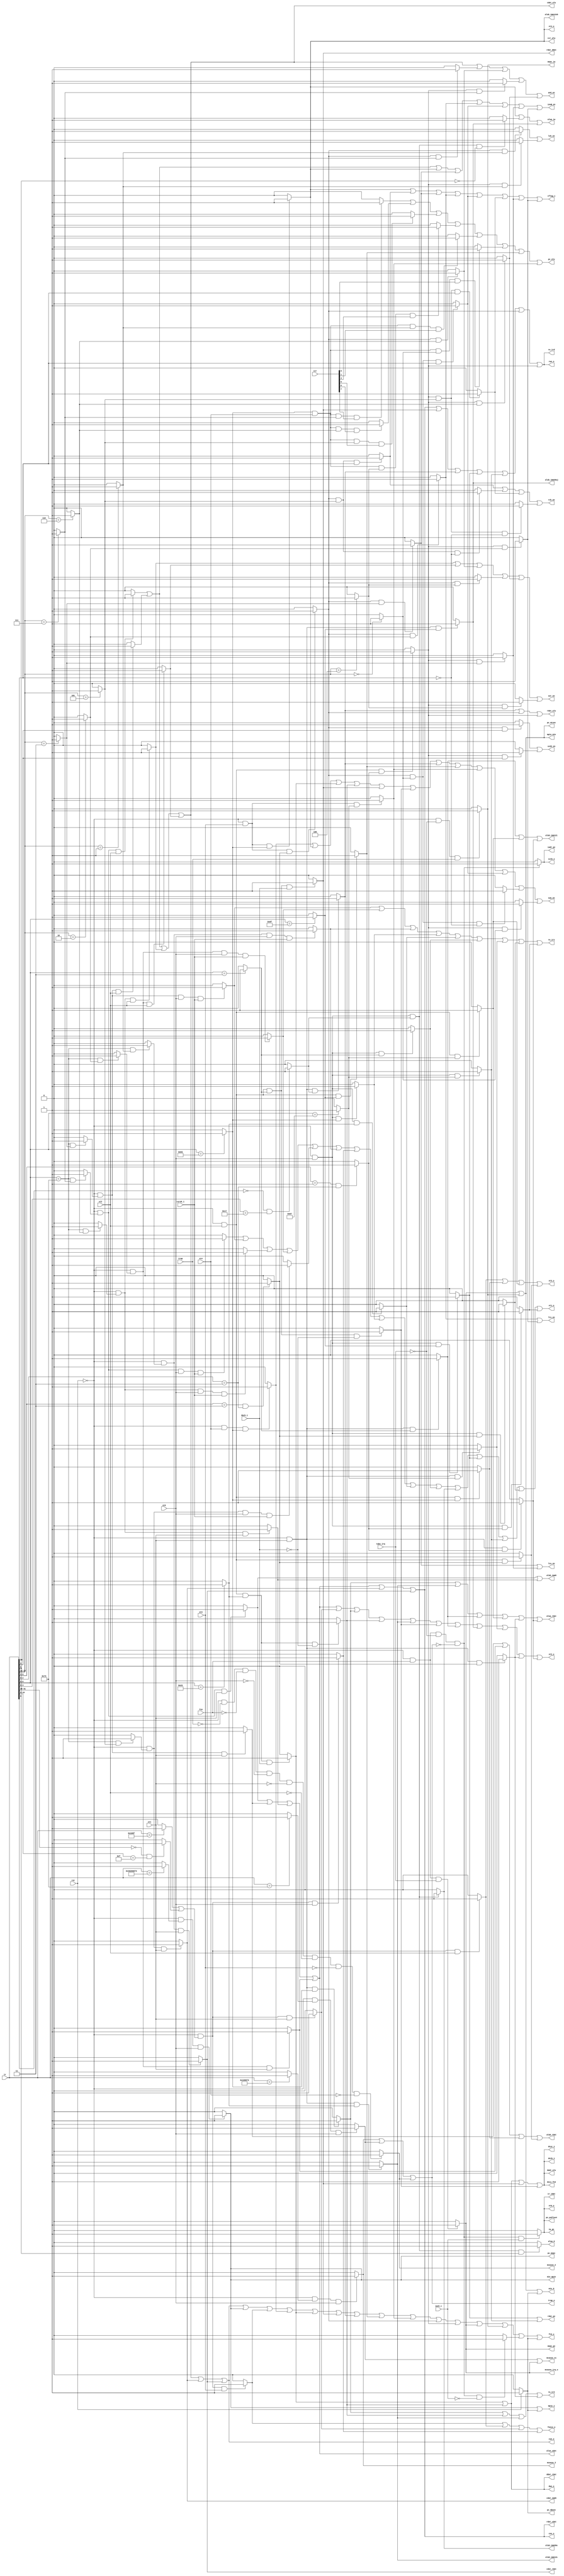
// DO NOT EDIT
// This file is automatically generated!
// $ smg.shen rtl/SMG/seq.smg
//
// https://github.com/sam-falvo/smg

module Sequencer(
	input 	take_irq,
	input 	csrok_i,
	input 	trap,
	input [7:0]	ccr,
	input 	xt4,
	input 	xt3,
	input 	xt2,
	input 	xt1,
	input 	xt0,
	input [31:0]	ir,
	input 	dack_i,
	input 	iack_i,
	input 	ft0,
	input 	rst,
	output 	mcause_irq_o,
	output 	mepc_pc,
	output 	alub_imm5,
	output 	alua_cdat,
	output 	cdat_alu,
	output 	cdat_imm5,
	output 	cwe_o,
	output 	cdat_rdat,
	output 	coe_o,
	output 	rdat_cdat,
	output 	mpie_1,
	output 	mie_mpie,
	output 	pc_mepc,
	output 	mcause_2,
	output 	mcause_3,
	output 	mcause_11,
	output 	mie_0,
	output 	mpie_mie,
	output 	pc_mtvec,
	output 	mepc_ia,
	output 	trap_o,
	output 	fence_o,
	output 	xt4_o,
	output 	alub_imm12sb,
	output 	ccr_alu,
	output 	dwe_o,
	output 	ddat_rdat,
	output 	rdat_ddat,
	output 	dsiz_fn3,
	output 	dstb_1,
	output 	dcyc_1,
	output 	dadr_alu,
	output 	ia_pc,
	output 	sx32_en,
	output 	pc_alu,
	output 	xt3_o,
	output 	and_en,
	output 	rsh_en,
	output 	xor_en,
	output 	ltu_en,
	output 	lts_en,
	output 	invB_en,
	output 	cflag_i,
	output 	lsh_en,
	output 	sum_en,
	output 	alub_imm20uj,
	output 	alub_imm20u,
	output 	alub_imm12s,
	output 	alub_imm12i,
	output 	alub_rdat,
	output 	alua_ia,
	output 	alua_0,
	output 	alua_rdat,
	output 	rwe_o,
	output 	rdat_pc,
	output 	rdat_alu,
	output 	ra_ird,
	output 	ra_ir2,
	output 	ra_ir1,
	output 	xt2_o,
	output 	xt1_o,
	output 	xt0_o,
	output 	ir_idat,
	output 	pc_pcPlus4,
	output 	istb_o,
	output 	iadr_pc,
	output 	pc_mbvec,
	output 	ft0_o
);
wire  isCsrRcI;
wire  isCsrRc;
wire  isCsrRsI;
wire  isCsrRs;
wire  isCsrRwI;
wire  isCsrRw;
wire  isMRet;
wire  isEBreak;
wire  isECall;
wire  isFence;
wire  isBr;
wire  isJal;
wire  isStore;
wire  isLoad;
wire  isLuiAuipc;
wire  useAlu2;
wire  useAlu;
wire  fn3_is_111;
wire  fn3_is_110;
wire  fn3_is_101;
wire  fn3_is_100;
wire  fn3_is_011;
wire  fn3_is_010;
wire  fn3_is_001;
wire  fn3_is_000;
wire  isJalr;
wire  isOpR;
wire  isOpI;
wire R1391 = (|rst) ; 
wire R1392 = ~(|rst) & (|ft0) & ~(|take_irq) & ~(|trap_o) ; 
wire R1393 = ~(|rst) & (|ft0) & ~(|take_irq) & ~(|trap_o) & ~(|iack_i) ; 
wire R1394 = ~(|rst) & (|ft0) & ~(|take_irq) & ~(|trap_o) & (|iack_i) ; 
wire R1395 = ~(|rst) & ~(|take_irq) & (|trap) ; 
wire R1396 = ~(|rst) & (|ft0) & (|take_irq) ; 
wire R1397 = ~(|rst) & ~(|trap) & ~(|ft0) & ~(|xt0) & ~(|xt1) & ~(|xt2) & ~(|xt3) & ~(|xt4) ; 
wire R1398 = ( ir[14:12] == 3'b000 ) ; 
wire R1399 = ( ir[14:12] == 3'b001 ) ; 
wire R1400 = ( ir[14:12] == 3'b010 ) ; 
wire R1401 = ( ir[14:12] == 3'b011 ) ; 
wire R1402 = ( ir[14:12] == 3'b100 ) ; 
wire R1403 = ( ir[14:12] == 3'b101 ) ; 
wire R1404 = ( ir[14:12] == 3'b110 ) ; 
wire R1405 = ( ir[14:12] == 3'b111 ) ; 
wire R1406 = ( ir[6:4] == 3'b001 ) & ( ir[2:0] == 3'b011 ) ; 
wire R1407 = ( ir[6:4] == 3'b011 ) & ( ir[2:0] == 3'b011 ) ; 
wire R1408 = ~(|rst) & (|xt0) & (|isOpI) ; 
wire R1409 = ~(|rst) & (|xt1) & (|isOpI) ; 
wire R1410 = ~(|rst) & (|xt2) & (|isOpI) ; 
wire R1411 = (|useAlu) & (|fn3_is_000) ; 
wire R1412 = (|useAlu) & (|fn3_is_001) ; 
wire R1413 = (|useAlu) & (|fn3_is_010) ; 
wire R1414 = (|useAlu) & (|fn3_is_011) ; 
wire R1415 = (|useAlu) & (|fn3_is_100) ; 
wire R1416 = (|useAlu) & (|fn3_is_101) & ~(|ir[30]) ; 
wire R1417 = (|useAlu) & (|fn3_is_101) & (|ir[30]) ; 
wire R1418 = (|useAlu) & (|fn3_is_110) ; 
wire R1419 = (|useAlu) & (|fn3_is_111) ; 
wire R1420 = (|useAlu) & (|ir[3]) ; 
wire R1421 = ~(|rst) & (|xt0) & (|isOpR) ; 
wire R1422 = ~(|rst) & (|xt1) & (|isOpR) ; 
wire R1423 = ~(|rst) & (|xt2) & (|isOpR) ; 
wire R1424 = ~(|rst) & (|xt3) & (|isOpR) ; 
wire R1425 = (|useAlu2) & (|fn3_is_000) & ~(|ir[30]) ; 
wire R1426 = (|useAlu2) & (|fn3_is_000) & (|ir[30]) ; 
wire R1427 = (|useAlu2) & (|fn3_is_001) ; 
wire R1428 = (|useAlu2) & (|fn3_is_010) ; 
wire R1429 = (|useAlu2) & (|fn3_is_011) ; 
wire R1430 = (|useAlu2) & (|fn3_is_100) ; 
wire R1431 = (|useAlu2) & (|fn3_is_101) & ~(|ir[30]) ; 
wire R1432 = (|useAlu2) & (|fn3_is_101) & (|ir[30]) ; 
wire R1433 = (|useAlu2) & (|fn3_is_110) ; 
wire R1434 = (|useAlu2) & (|fn3_is_111) ; 
wire R1435 = (|useAlu2) & (|ir[3]) ; 
wire R1436 = ( ir[6:0] == 7'b1100111 ) ; 
wire R1437 = ( ir[6:0] == 7'b1101111 ) ; 
wire R1438 = ~(|rst) & (|xt0) & (|isJalr) ; 
wire R1439 = ~(|rst) & (|xt1) & (|isJalr) ; 
wire R1440 = ~(|rst) & (|xt2) & (|isJalr) ; 
wire R1441 = ~(|rst) & (|xt3) & (|isJalr) ; 
wire R1442 = ~(|rst) & (|xt0) & (|isJal) ; 
wire R1443 = ~(|rst) & (|xt1) & (|isJal) ; 
wire R1444 = ~(|rst) & (|xt2) & (|isJal) ; 
wire R1445 = ~(|ir[6]) & ( ir[4:0] == 5'b10111 ) ; 
wire R1446 = ~(|rst) & (|xt0) & (|isLuiAuipc) ; 
wire R1447 = ~(|rst) & (|xt0) & (|isLuiAuipc) & (|ir[5]) ; 
wire R1448 = ~(|rst) & (|xt0) & (|isLuiAuipc) & ~(|ir[5]) ; 
wire R1449 = ~(|rst) & (|xt1) & (|isLuiAuipc) ; 
wire R1450 = ( ir[6:0] == 7'b0000011 ) ; 
wire R1451 = ( ir[6:0] == 7'b0100011 ) ; 
wire R1452 = ~(|rst) & (|xt0) & (|isLoad) ; 
wire R1453 = ~(|rst) & (|xt1) & (|isLoad) ; 
wire R1454 = ~(|rst) & (|xt2) & (|isLoad) & ~(|dack_i) ; 
wire R1455 = ~(|rst) & (|xt2) & (|isLoad) & (|dack_i) ; 
wire R1456 = ~(|rst) & (|xt0) & (|isStore) ; 
wire R1457 = ~(|rst) & (|xt1) & (|isStore) ; 
wire R1458 = ~(|rst) & (|xt2) & (|isStore) & ~(|dack_i) ; 
wire R1459 = ~(|rst) & (|xt2) & (|isStore) & (|dack_i) ; 
wire R1460 = ( ir[6:0] == 7'b1100011 ) ; 
wire R1461 = ~(|rst) & (|xt0) & (|isBr) ; 
wire R1462 = ~(|rst) & (|xt1) & (|isBr) ; 
wire R1463 = ~(|rst) & (|xt2) & (|isBr) ; 
wire R1464 = ~(|rst) & (|xt3) & (|isBr) ; 
wire R1465 = ~(|rst) & (|xt4) & (|isBr) ; 
wire R1466 = (|isBr) & (|xt4) & (|fn3_is_000) & (|ccr[0]) ; 
wire R1467 = (|isBr) & (|xt4) & (|fn3_is_001) & (|ccr[1]) ; 
wire R1468 = (|isBr) & (|xt4) & (|fn3_is_100) & (|ccr[4]) ; 
wire R1469 = (|isBr) & (|xt4) & (|fn3_is_101) & (|ccr[5]) ; 
wire R1470 = (|isBr) & (|xt4) & (|fn3_is_110) & (|ccr[6]) ; 
wire R1471 = (|isBr) & (|xt4) & (|fn3_is_111) & (|ccr[7]) ; 
wire R1472 = ( ir[31:28] == 4'b0000 ) & ( ir[19:0] == 20'h0000F ) ; 
wire R1473 = ( ir[31:0] == 32'h0000100F ) ; 
wire R1474 = ~(|rst) & (|isFence) & (|xt0) ; 
wire R1475 = ~(|rst) & (|isFence) & (|xt1) ; 
wire R1476 = ~(|rst) & (|isFence) & (|xt2) ; 
wire R1477 = ~(|rst) & (|isFence) & (|xt3) ; 
wire R1478 = ( ir[31:0] == 32'b0000_0000_0000_00000_000_00000_1110011 ) ; 
wire R1479 = ( ir[31:0] == 32'b0000_0000_0001_00000_000_00000_1110011 ) ; 
wire R1480 = ~(|rst) & (|isECall) & (|xt0) ; 
wire R1481 = ~(|rst) & (|isEBreak) & (|xt0) ; 
wire R1482 = ( ir[31:0] == 32'b0011_0000_0010_00000_000_00000_1110011 ) ; 
wire R1483 = ~(|rst) & (|isMRet) & (|xt0) ; 
wire R1484 = ( ir[6:0] == 7'b1110011 ) & (|fn3_is_001) ; 
wire R1485 = ( ir[6:0] == 7'b1110011 ) & (|fn3_is_010) ; 
wire R1486 = ( ir[6:0] == 7'b1110011 ) & (|fn3_is_011) ; 
wire R1487 = ( ir[6:0] == 7'b1110011 ) & (|fn3_is_101) ; 
wire R1488 = ( ir[6:0] == 7'b1110011 ) & (|fn3_is_110) ; 
wire R1489 = ( ir[6:0] == 7'b1110011 ) & (|fn3_is_111) ; 
wire R1490 = ~(|rst) & (|isCsrRw) & (|xt0) & (|csrok_i) ; 
wire R1491 = ~(|rst) & (|isCsrRw) & (|xt1) ; 
wire R1492 = ~(|rst) & (|isCsrRwI) & (|xt0) & (|csrok_i) ; 
wire R1493 = ~(|rst) & (|isCsrRwI) & (|xt1) ; 
wire R1494 = ~(|rst) & (|isCsrRs) & (|xt0) & (|csrok_i) ; 
wire R1495 = ~(|rst) & (|isCsrRs) & (|xt1) ; 
wire R1496 = ~(|rst) & (|isCsrRs) & (|xt2) ; 
wire R1497 = ~(|rst) & (|isCsrRsI) & (|xt0) & (|csrok_i) ; 
wire R1498 = ~(|rst) & (|isCsrRsI) & (|xt1) ; 
wire R1499 = ~(|rst) & (|isCsrRsI) & (|xt2) ; 
wire R1500 = ~(|rst) & (|isCsrRc) & (|xt0) & (|csrok_i) ; 
wire R1501 = ~(|rst) & (|isCsrRc) & (|xt1) ; 
wire R1502 = ~(|rst) & (|isCsrRc) & (|xt2) ; 
wire R1503 = ~(|rst) & (|isCsrRcI) & (|xt0) & (|csrok_i) ; 
wire R1504 = ~(|rst) & (|isCsrRcI) & (|xt1) ; 
wire R1505 = ~(|rst) & (|isCsrRcI) & (|xt2) ; 
wire  out1506 = R1391 ? 1 : 0 ; 
wire  out1507 = R1391 ? 1 : 0 ; 
wire  out1508 = R1391 ? 1 : 0 ; 
wire  out1509 = R1391 ? 1 : 0 ; 
wire  out1510 = R1392 ? 1 : 0 ; 
wire  out1511 = R1392 ? 1 : 0 ; 
wire  out1512 = R1393 ? 1 : 0 ; 
wire  out1513 = R1394 ? 1 : 0 ; 
wire  out1514 = R1394 ? 1 : 0 ; 
wire  out1515 = R1394 ? 1 : 0 ; 
wire  out1516 = R1394 ? 1 : 0 ; 
wire  out1517 = R1395 ? 1 : 0 ; 
wire  out1518 = R1395 ? 1 : 0 ; 
wire  out1519 = R1395 ? 1 : 0 ; 
wire  out1520 = R1395 ? 1 : 0 ; 
wire  out1521 = R1395 ? 1 : 0 ; 
wire  out1522 = R1396 ? 1 : 0 ; 
wire  out1523 = R1396 ? 1 : 0 ; 
wire  out1524 = R1396 ? 1 : 0 ; 
wire  out1525 = R1396 ? 1 : 0 ; 
wire  out1526 = R1396 ? 1 : 0 ; 
wire  out1527 = R1396 ? 1 : 0 ; 
wire  out1528 = R1396 ? 1 : 0 ; 
wire  out1529 = R1397 ? 1 : 0 ; 
wire  out1530 = R1397 ? 1 : 0 ; 
wire  out1531 = R1398 ? 1 : 0 ; 
wire  out1532 = R1399 ? 1 : 0 ; 
wire  out1533 = R1400 ? 1 : 0 ; 
wire  out1534 = R1401 ? 1 : 0 ; 
wire  out1535 = R1402 ? 1 : 0 ; 
wire  out1536 = R1403 ? 1 : 0 ; 
wire  out1537 = R1404 ? 1 : 0 ; 
wire  out1538 = R1405 ? 1 : 0 ; 
wire  out1539 = R1406 ? 1 : 0 ; 
wire  out1540 = R1407 ? 1 : 0 ; 
wire  out1541 = R1408 ? 1 : 0 ; 
wire  out1542 = R1408 ? 1 : 0 ; 
wire  out1543 = R1409 ? 1 : 0 ; 
wire  out1544 = R1409 ? 1 : 0 ; 
wire  out1545 = R1409 ? 1 : 0 ; 
wire  out1546 = R1410 ? 1 : 0 ; 
wire  out1547 = R1410 ? 1 : 0 ; 
wire  out1548 = R1410 ? 1 : 0 ; 
wire  out1549 = R1410 ? 1 : 0 ; 
wire  out1550 = R1410 ? 1 : 0 ; 
wire  out1551 = R1411 ? 1 : 0 ; 
wire  out1552 = R1412 ? 1 : 0 ; 
wire  out1553 = R1413 ? 1 : 0 ; 
wire  out1554 = R1413 ? 1 : 0 ; 
wire  out1555 = R1413 ? 1 : 0 ; 
wire  out1556 = R1414 ? 1 : 0 ; 
wire  out1557 = R1414 ? 1 : 0 ; 
wire  out1558 = R1414 ? 1 : 0 ; 
wire  out1559 = R1415 ? 1 : 0 ; 
wire  out1560 = R1416 ? 1 : 0 ; 
wire  out1561 = R1417 ? 1 : 0 ; 
wire  out1562 = R1417 ? 1 : 0 ; 
wire  out1563 = R1418 ? 1 : 0 ; 
wire  out1564 = R1418 ? 1 : 0 ; 
wire  out1565 = R1419 ? 1 : 0 ; 
wire  out1566 = R1420 ? 1 : 0 ; 
wire  out1567 = R1421 ? 1 : 0 ; 
wire  out1568 = R1421 ? 1 : 0 ; 
wire  out1569 = R1422 ? 1 : 0 ; 
wire  out1570 = R1422 ? 1 : 0 ; 
wire  out1571 = R1422 ? 1 : 0 ; 
wire  out1572 = R1423 ? 1 : 0 ; 
wire  out1573 = R1423 ? 1 : 0 ; 
wire  out1574 = R1424 ? 1 : 0 ; 
wire  out1575 = R1424 ? 1 : 0 ; 
wire  out1576 = R1424 ? 1 : 0 ; 
wire  out1577 = R1424 ? 1 : 0 ; 
wire  out1578 = R1424 ? 1 : 0 ; 
wire  out1579 = R1425 ? 1 : 0 ; 
wire  out1580 = R1426 ? 1 : 0 ; 
wire  out1581 = R1426 ? 1 : 0 ; 
wire  out1582 = R1426 ? 1 : 0 ; 
wire  out1583 = R1427 ? 1 : 0 ; 
wire  out1584 = R1428 ? 1 : 0 ; 
wire  out1585 = R1428 ? 1 : 0 ; 
wire  out1586 = R1428 ? 1 : 0 ; 
wire  out1587 = R1429 ? 1 : 0 ; 
wire  out1588 = R1429 ? 1 : 0 ; 
wire  out1589 = R1429 ? 1 : 0 ; 
wire  out1590 = R1430 ? 1 : 0 ; 
wire  out1591 = R1431 ? 1 : 0 ; 
wire  out1592 = R1432 ? 1 : 0 ; 
wire  out1593 = R1432 ? 1 : 0 ; 
wire  out1594 = R1433 ? 1 : 0 ; 
wire  out1595 = R1433 ? 1 : 0 ; 
wire  out1596 = R1434 ? 1 : 0 ; 
wire  out1597 = R1435 ? 1 : 0 ; 
wire  out1598 = R1436 ? 1 : 0 ; 
wire  out1599 = R1437 ? 1 : 0 ; 
wire  out1600 = R1438 ? 1 : 0 ; 
wire  out1601 = R1438 ? 1 : 0 ; 
wire  out1602 = R1438 ? 1 : 0 ; 
wire  out1603 = R1438 ? 1 : 0 ; 
wire  out1604 = R1439 ? 1 : 0 ; 
wire  out1605 = R1439 ? 1 : 0 ; 
wire  out1606 = R1440 ? 1 : 0 ; 
wire  out1607 = R1440 ? 1 : 0 ; 
wire  out1608 = R1440 ? 1 : 0 ; 
wire  out1609 = R1441 ? 1 : 0 ; 
wire  out1610 = R1441 ? 1 : 0 ; 
wire  out1611 = R1441 ? 1 : 0 ; 
wire  out1612 = R1442 ? 1 : 0 ; 
wire  out1613 = R1442 ? 1 : 0 ; 
wire  out1614 = R1442 ? 1 : 0 ; 
wire  out1615 = R1442 ? 1 : 0 ; 
wire  out1616 = R1443 ? 1 : 0 ; 
wire  out1617 = R1443 ? 1 : 0 ; 
wire  out1618 = R1443 ? 1 : 0 ; 
wire  out1619 = R1444 ? 1 : 0 ; 
wire  out1620 = R1444 ? 1 : 0 ; 
wire  out1621 = R1444 ? 1 : 0 ; 
wire  out1622 = R1445 ? 1 : 0 ; 
wire  out1623 = R1446 ? 1 : 0 ; 
wire  out1624 = R1446 ? 1 : 0 ; 
wire  out1625 = R1447 ? 1 : 0 ; 
wire  out1626 = R1448 ? 1 : 0 ; 
wire  out1627 = R1449 ? 1 : 0 ; 
wire  out1628 = R1449 ? 1 : 0 ; 
wire  out1629 = R1449 ? 1 : 0 ; 
wire  out1630 = R1449 ? 1 : 0 ; 
wire  out1631 = R1449 ? 1 : 0 ; 
wire  out1632 = R1450 ? 1 : 0 ; 
wire  out1633 = R1451 ? 1 : 0 ; 
wire  out1634 = R1452 ? 1 : 0 ; 
wire  out1635 = R1452 ? 1 : 0 ; 
wire  out1636 = R1453 ? 1 : 0 ; 
wire  out1637 = R1453 ? 1 : 0 ; 
wire  out1638 = R1453 ? 1 : 0 ; 
wire  out1639 = R1454 ? 1 : 0 ; 
wire  out1640 = R1454 ? 1 : 0 ; 
wire  out1641 = R1454 ? 1 : 0 ; 
wire  out1642 = R1454 ? 1 : 0 ; 
wire  out1643 = R1454 ? 1 : 0 ; 
wire  out1644 = R1454 ? 1 : 0 ; 
wire  out1645 = R1455 ? 1 : 0 ; 
wire  out1646 = R1455 ? 1 : 0 ; 
wire  out1647 = R1455 ? 1 : 0 ; 
wire  out1648 = R1455 ? 1 : 0 ; 
wire  out1649 = R1455 ? 1 : 0 ; 
wire  out1650 = R1455 ? 1 : 0 ; 
wire  out1651 = R1455 ? 1 : 0 ; 
wire  out1652 = R1455 ? 1 : 0 ; 
wire  out1653 = R1455 ? 1 : 0 ; 
wire  out1654 = R1456 ? 1 : 0 ; 
wire  out1655 = R1456 ? 1 : 0 ; 
wire  out1656 = R1457 ? 1 : 0 ; 
wire  out1657 = R1457 ? 1 : 0 ; 
wire  out1658 = R1457 ? 1 : 0 ; 
wire  out1659 = R1457 ? 1 : 0 ; 
wire  out1660 = R1458 ? 1 : 0 ; 
wire  out1661 = R1458 ? 1 : 0 ; 
wire  out1662 = R1458 ? 1 : 0 ; 
wire  out1663 = R1458 ? 1 : 0 ; 
wire  out1664 = R1458 ? 1 : 0 ; 
wire  out1665 = R1458 ? 1 : 0 ; 
wire  out1666 = R1458 ? 1 : 0 ; 
wire  out1667 = R1458 ? 1 : 0 ; 
wire  out1668 = R1458 ? 1 : 0 ; 
wire  out1669 = R1459 ? 1 : 0 ; 
wire  out1670 = R1459 ? 1 : 0 ; 
wire  out1671 = R1459 ? 1 : 0 ; 
wire  out1672 = R1459 ? 1 : 0 ; 
wire  out1673 = R1459 ? 1 : 0 ; 
wire  out1674 = R1459 ? 1 : 0 ; 
wire  out1675 = R1459 ? 1 : 0 ; 
wire  out1676 = R1459 ? 1 : 0 ; 
wire  out1677 = R1460 ? 1 : 0 ; 
wire  out1678 = R1461 ? 1 : 0 ; 
wire  out1679 = R1461 ? 1 : 0 ; 
wire  out1680 = R1462 ? 1 : 0 ; 
wire  out1681 = R1462 ? 1 : 0 ; 
wire  out1682 = R1462 ? 1 : 0 ; 
wire  out1683 = R1463 ? 1 : 0 ; 
wire  out1684 = R1463 ? 1 : 0 ; 
wire  out1685 = R1464 ? 1 : 0 ; 
wire  out1686 = R1464 ? 1 : 0 ; 
wire  out1687 = R1464 ? 1 : 0 ; 
wire  out1688 = R1464 ? 1 : 0 ; 
wire  out1689 = R1464 ? 1 : 0 ; 
wire  out1690 = R1464 ? 1 : 0 ; 
wire  out1691 = R1464 ? 1 : 0 ; 
wire  out1692 = R1465 ? 1 : 0 ; 
wire  out1693 = R1465 ? 1 : 0 ; 
wire  out1694 = R1466 ? 1 : 0 ; 
wire  out1695 = R1467 ? 1 : 0 ; 
wire  out1696 = R1468 ? 1 : 0 ; 
wire  out1697 = R1469 ? 1 : 0 ; 
wire  out1698 = R1470 ? 1 : 0 ; 
wire  out1699 = R1471 ? 1 : 0 ; 
wire  out1700 = R1472 ? 1 : 0 ; 
wire  out1701 = R1473 ? 1 : 0 ; 
wire  out1702 = R1474 ? 1 : 0 ; 
wire  out1703 = R1474 ? 1 : 0 ; 
wire  out1704 = R1475 ? 1 : 0 ; 
wire  out1705 = R1475 ? 1 : 0 ; 
wire  out1706 = R1476 ? 1 : 0 ; 
wire  out1707 = R1476 ? 1 : 0 ; 
wire  out1708 = R1477 ? 1 : 0 ; 
wire  out1709 = R1477 ? 1 : 0 ; 
wire  out1710 = R1478 ? 1 : 0 ; 
wire  out1711 = R1479 ? 1 : 0 ; 
wire  out1712 = R1480 ? 1 : 0 ; 
wire  out1713 = R1480 ? 1 : 0 ; 
wire  out1714 = R1481 ? 1 : 0 ; 
wire  out1715 = R1481 ? 1 : 0 ; 
wire  out1716 = R1482 ? 1 : 0 ; 
wire  out1717 = R1483 ? 1 : 0 ; 
wire  out1718 = R1483 ? 1 : 0 ; 
wire  out1719 = R1483 ? 1 : 0 ; 
wire  out1720 = R1483 ? 1 : 0 ; 
wire  out1721 = R1484 ? 1 : 0 ; 
wire  out1722 = R1485 ? 1 : 0 ; 
wire  out1723 = R1486 ? 1 : 0 ; 
wire  out1724 = R1487 ? 1 : 0 ; 
wire  out1725 = R1488 ? 1 : 0 ; 
wire  out1726 = R1489 ? 1 : 0 ; 
wire  out1727 = R1490 ? 1 : 0 ; 
wire  out1728 = R1490 ? 1 : 0 ; 
wire  out1729 = R1491 ? 1 : 0 ; 
wire  out1730 = R1491 ? 1 : 0 ; 
wire  out1731 = R1491 ? 1 : 0 ; 
wire  out1732 = R1491 ? 1 : 0 ; 
wire  out1733 = R1491 ? 1 : 0 ; 
wire  out1734 = R1491 ? 1 : 0 ; 
wire  out1735 = R1491 ? 1 : 0 ; 
wire  out1736 = R1492 ? 1 : 0 ; 
wire  out1737 = R1493 ? 1 : 0 ; 
wire  out1738 = R1493 ? 1 : 0 ; 
wire  out1739 = R1493 ? 1 : 0 ; 
wire  out1740 = R1493 ? 1 : 0 ; 
wire  out1741 = R1493 ? 1 : 0 ; 
wire  out1742 = R1493 ? 1 : 0 ; 
wire  out1743 = R1493 ? 1 : 0 ; 
wire  out1744 = R1494 ? 1 : 0 ; 
wire  out1745 = R1494 ? 1 : 0 ; 
wire  out1746 = R1495 ? 1 : 0 ; 
wire  out1747 = R1495 ? 1 : 0 ; 
wire  out1748 = R1495 ? 1 : 0 ; 
wire  out1749 = R1495 ? 1 : 0 ; 
wire  out1750 = R1495 ? 1 : 0 ; 
wire  out1751 = R1495 ? 1 : 0 ; 
wire  out1752 = R1495 ? 1 : 0 ; 
wire  out1753 = R1496 ? 1 : 0 ; 
wire  out1754 = R1496 ? 1 : 0 ; 
wire  out1755 = R1496 ? 1 : 0 ; 
wire  out1756 = R1496 ? 1 : 0 ; 
wire  out1757 = R1496 ? 1 : 0 ; 
wire  out1758 = R1497 ? 1 : 0 ; 
wire  out1759 = R1498 ? 1 : 0 ; 
wire  out1760 = R1498 ? 1 : 0 ; 
wire  out1761 = R1498 ? 1 : 0 ; 
wire  out1762 = R1498 ? 1 : 0 ; 
wire  out1763 = R1498 ? 1 : 0 ; 
wire  out1764 = R1498 ? 1 : 0 ; 
wire  out1765 = R1498 ? 1 : 0 ; 
wire  out1766 = R1499 ? 1 : 0 ; 
wire  out1767 = R1499 ? 1 : 0 ; 
wire  out1768 = R1499 ? 1 : 0 ; 
wire  out1769 = R1499 ? 1 : 0 ; 
wire  out1770 = R1499 ? 1 : 0 ; 
wire  out1771 = R1500 ? 1 : 0 ; 
wire  out1772 = R1500 ? 1 : 0 ; 
wire  out1773 = R1501 ? 1 : 0 ; 
wire  out1774 = R1501 ? 1 : 0 ; 
wire  out1775 = R1501 ? 1 : 0 ; 
wire  out1776 = R1501 ? 1 : 0 ; 
wire  out1777 = R1501 ? 1 : 0 ; 
wire  out1778 = R1501 ? 1 : 0 ; 
wire  out1779 = R1501 ? 1 : 0 ; 
wire  out1780 = R1502 ? 1 : 0 ; 
wire  out1781 = R1502 ? 1 : 0 ; 
wire  out1782 = R1502 ? 1 : 0 ; 
wire  out1783 = R1502 ? 1 : 0 ; 
wire  out1784 = R1502 ? 1 : 0 ; 
wire  out1785 = R1503 ? 1 : 0 ; 
wire  out1786 = R1504 ? 1 : 0 ; 
wire  out1787 = R1504 ? 1 : 0 ; 
wire  out1788 = R1504 ? 1 : 0 ; 
wire  out1789 = R1504 ? 1 : 0 ; 
wire  out1790 = R1504 ? 1 : 0 ; 
wire  out1791 = R1504 ? 1 : 0 ; 
wire  out1792 = R1504 ? 1 : 0 ; 
wire  out1793 = R1505 ? 1 : 0 ; 
wire  out1794 = R1505 ? 1 : 0 ; 
wire  out1795 = R1505 ? 1 : 0 ; 
wire  out1796 = R1505 ? 1 : 0 ; 
wire  out1797 = R1505 ? 1 : 0 ; 
assign dsiz_fn3 = out1673|out1665|out1649|out1644;
assign isBr = out1677;
assign isFence = out1701|out1700;
assign isLoad = out1632;
assign invB_en = out1794|out1781|out1687|out1588|out1585|out1582|out1557|out1554;
assign ia_pc = out1514;
assign cflag_i = out1688|out1593|out1587|out1584|out1581|out1562|out1556|out1553;
assign and_en = out1793|out1780|out1766|out1753|out1596|out1594|out1565|out1563;
assign isJalr = out1598;
assign isCsrRs = out1722;
assign alua_ia = out1690|out1626|out1617;
assign isLuiAuipc = out1622;
assign fn3_is_000 = out1531;
assign isCsrRw = out1721;
assign coe_o = out1789|out1776|out1762|out1749|out1739|out1731;
assign mepc_ia = out1517;
assign fn3_is_001 = out1532;
assign fn3_is_010 = out1533;
assign fn3_is_100 = out1535;
assign fn3_is_011 = out1534;
assign fn3_is_101 = out1536;
assign fn3_is_110 = out1537;
assign fence_o = out1709|out1707|out1705|out1703;
assign fn3_is_111 = out1538;
assign iadr_pc = out1510;
assign useAlu = out1549;
assign ra_ird = out1787|out1774|out1760|out1747|out1737|out1729|out1650|out1627|out1613|out1601|out1574|out1546;
assign cwe_o = out1796|out1783|out1769|out1756|out1742|out1734;
assign dwe_o = out1675|out1668;
assign alua_cdat = out1791|out1778|out1764|out1751;
assign mepc_pc = out1522;
assign pc_mepc = out1718;
assign pc_alu = out1699|out1698|out1697|out1696|out1695|out1694|out1620|out1610;
assign dadr_alu = out1670|out1662|out1646|out1641;
assign ccr_alu = out1689;
assign cdat_alu = out1795|out1782|out1768|out1755;
assign pc_mbvec = out1507;
assign mcause_11 = out1713|out1526;
assign ir_idat = out1515;
assign lsh_en = out1583|out1552;
assign rdat_pc = out1614|out1602;
assign rdat_cdat = out1788|out1775|out1761|out1748|out1738|out1730;
assign cdat_rdat = out1733;
assign rdat_ddat = out1652;
assign ddat_rdat = out1674|out1666;
assign mpie_mie = out1524|out1519;
assign mie_mpie = out1719;
assign rsh_en = out1592|out1591|out1561|out1560;
assign istb_o = out1511;
assign rwe_o = out1790|out1777|out1763|out1750|out1740|out1732|out1651|out1629|out1615|out1603|out1576|out1548;
assign alua_rdat = out1682|out1657|out1637|out1607|out1570|out1544;
assign alub_imm12i = out1638|out1608|out1545;
assign sx32_en = out1597|out1566;
assign alub_rdat = out1779|out1752|out1684|out1573;
assign rdat_alu = out1628|out1575|out1547;
assign trap_o = out1714|out1712|out1529;
assign lts_en = out1586|out1555;
assign isStore = out1633;
assign sum_en = out1693|out1686|out1669|out1661|out1645|out1640|out1630|out1621|out1611|out1580|out1579|out1551;
assign ltu_en = out1589|out1558;
assign pc_mtvec = out1523|out1518;
assign alub_imm12sb = out1691;
assign xor_en = out1767|out1754|out1595|out1590|out1564|out1559;
assign alub_imm12s = out1658;
assign alub_imm20u = out1624;
assign mie_0 = out1525|out1520|out1508;
assign alub_imm20uj = out1618;
assign alua_0 = out1625;
assign dcyc_1 = out1671|out1663|out1647|out1642;
assign isECall = out1710;
assign isCsrRcI = out1726;
assign mpie_1 = out1720|out1509;
assign mcause_irq_o = out1527;
assign ft0_o = out1797|out1784|out1770|out1757|out1743|out1735|out1717|out1708|out1692|out1676|out1653|out1631|out1619|out1609|out1578|out1550|out1528|out1521|out1512|out1506;
assign useAlu2 = out1577;
assign dstb_1 = out1672|out1664|out1648|out1643;
assign ra_ir1 = out1772|out1745|out1728|out1679|out1655|out1635|out1605|out1568|out1542;
assign isEBreak = out1711;
assign ra_ir2 = out1681|out1667|out1659|out1571;
assign mcause_2 = out1530;
assign cdat_imm5 = out1741;
assign isOpI = out1539;
assign mcause_3 = out1715;
assign isCsrRsI = out1725;
assign pc_pcPlus4 = out1513;
assign xt0_o = out1516;
assign isCsrRwI = out1724;
assign xt1_o = out1785|out1771|out1758|out1744|out1736|out1727|out1702|out1678|out1654|out1634|out1623|out1612|out1600|out1567|out1541;
assign alub_imm5 = out1792|out1765;
assign xt2_o = out1786|out1773|out1759|out1746|out1704|out1680|out1660|out1656|out1639|out1636|out1616|out1604|out1569|out1543;
assign isOpR = out1540;
assign xt3_o = out1706|out1683|out1606|out1572;
assign xt4_o = out1685;
assign isMRet = out1716;
assign isCsrRc = out1723;
assign isJal = out1599;
endmodule